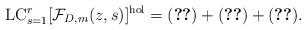
LaTeX: \begin{align*}\mathrm{LC}_{s=1}^r [\mathcal{F}_{D,m}(z,s)]^{\mathrm{hol}} = (\ref{addtr}) + (\ref{sqtr}) + (\ref{tr}).\end{align*}